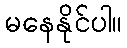
မနေနိုင်ပါ။